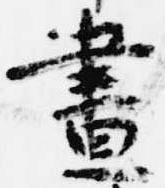
昼